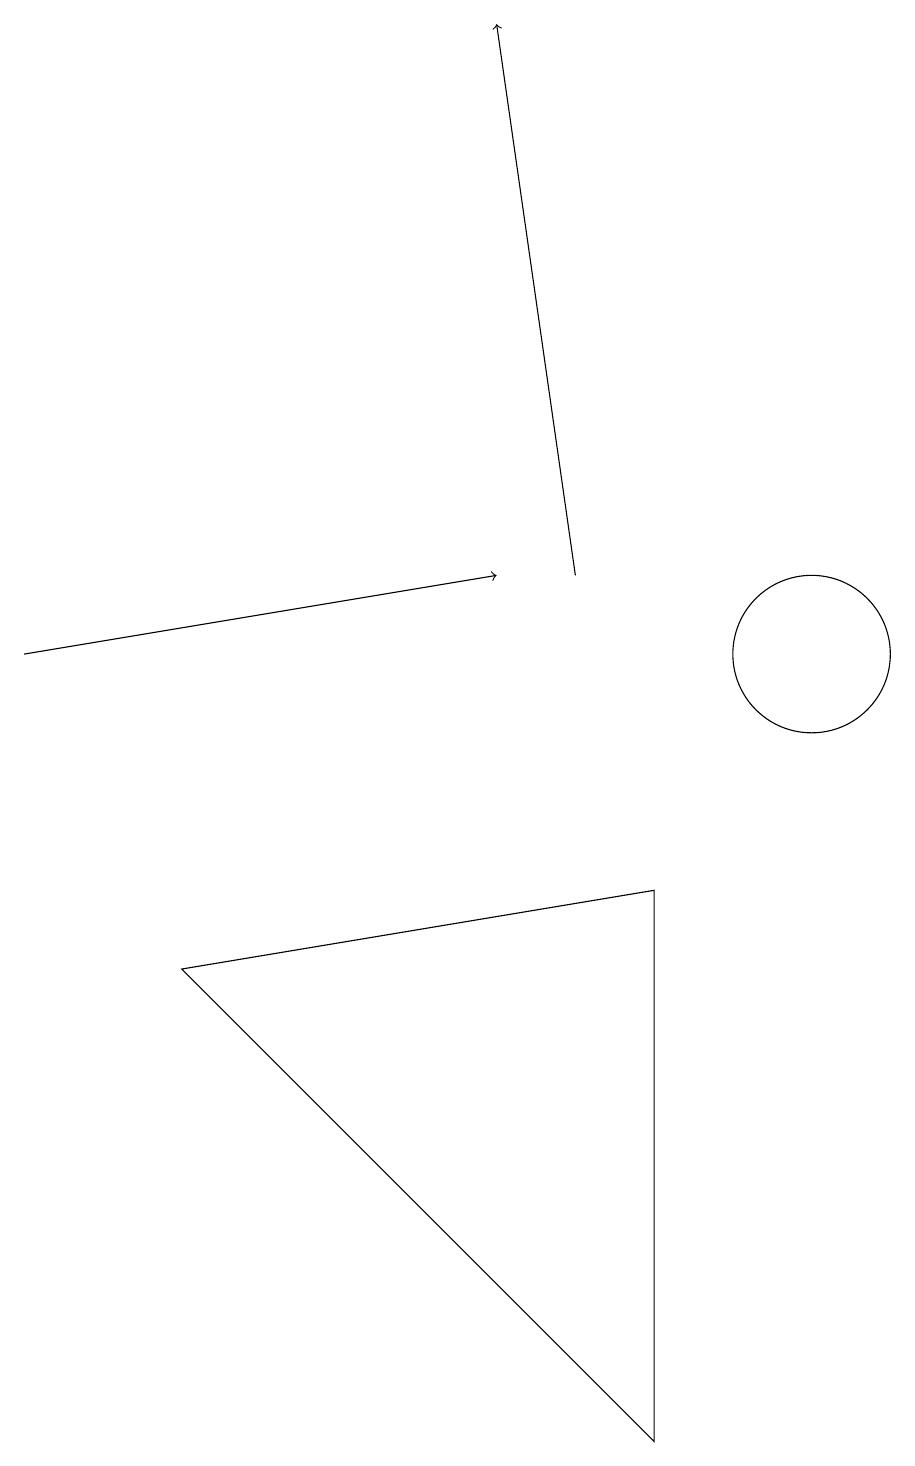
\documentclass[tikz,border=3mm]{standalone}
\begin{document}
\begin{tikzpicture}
\draw[->] (1,11) -- (7,12);
\draw (11,11) circle (1);
\draw[->] (8,12) -- (7,19);
\draw (9,1) -- (3,7) -- (9,8) -- cycle;
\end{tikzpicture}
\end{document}